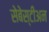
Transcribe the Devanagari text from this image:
सेबेस्टीअन